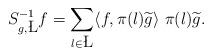
LaTeX: \begin{align*}S_{g,\L}^{-1} f = \sum_{\l \in \L} \langle f, \pi(\l) \widetilde{g} \rangle \ \pi(\l) \widetilde{g} .\end{align*}